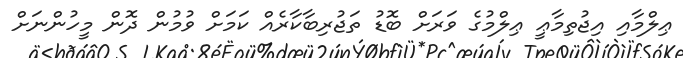
ޢިލްމާއި އިޖުތިމާޢީ ޢިލްމުގެ ވަރަށް ބޮޑު ތަޖުރިބާކާރެއް ކަމަށް ވުމުން ދޮން މީހުންނަށް